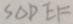
S _ { \Delta D E F }